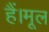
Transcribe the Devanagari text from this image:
हैं।मूल